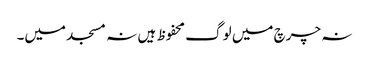
نہ چرچ میں لوگ محفوظ ہیں نہ مسجد میں۔